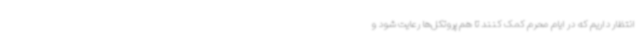
انتظار داریم که در ایام محرم کمک کنند تا هم پروتکل‌ها رعایت شود و